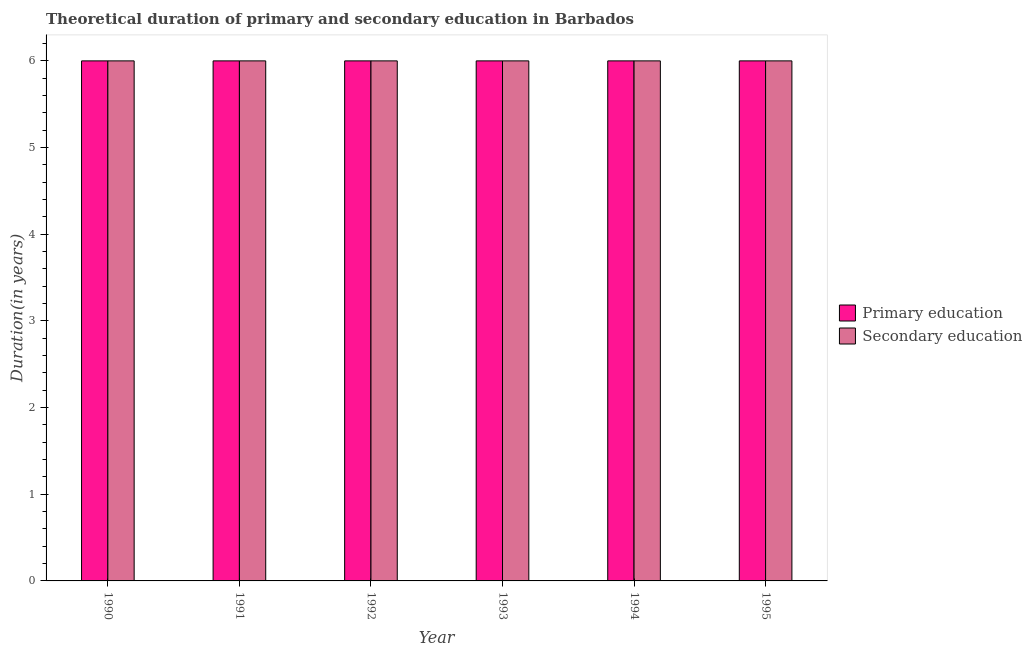
| Year | Primary education | Secondary education |
 | --- | --- | --- |
 | 1990 | 6 | 6 |
 | 1991 | 6 | 6 |
 | 1992 | 6 | 6 |
 | 1993 | 6 | 6 |
 | 1994 | 6 | 6 |
 | 1995 | 6 | 6 |